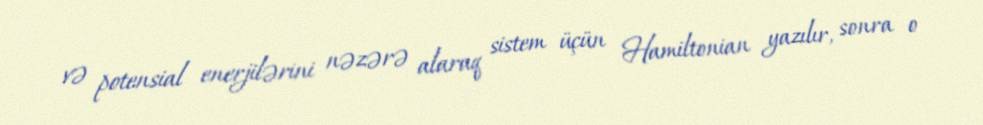
və potensial enerjilərini nəzərə alaraq sistem üçün Hamiltonian yazılır, sonra o